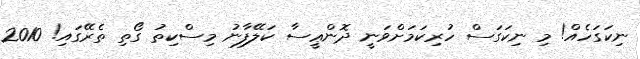
ނިކަގަހެއް! މި ނިކަގަސް ހުރިކަމަށްވަނީ ދޮންޢީސާ ކަލޭފާނު މިސްކިތު ގޯތި ތެރޭގައި! 2010